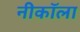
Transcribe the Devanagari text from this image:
नीकॉला